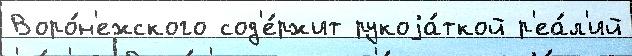
Воро́н'ежского сод'е́ржит рукоjа́ткой р'еа́л'ий